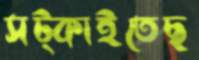
সট্‌কাইতেছ